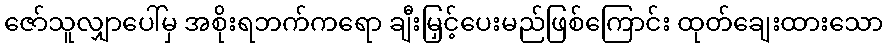
ဇော်သူလျှာပေါ်မှ အစိုးရဘက်ကရော ချီးမြှင့်ပေးမည်ဖြစ်ကြောင်း ထုတ်ချေးထားသော